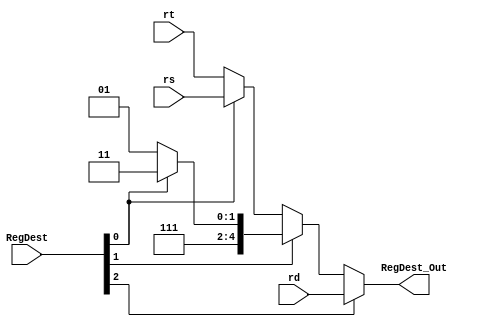
module mux_RegDest (
    input  wire [2:0] RegDest,
    input  wire [4:0] rt,
    input  wire [4:0] rs,
    input  wire [4:0] rd,
    output wire [4:0] RegDest_Out
);

//   input 0 (000): rt
//   input 1 (001): rs
//   input 2 (010): 29
//   input 3 (011): 31
//   input 4 (100): rd

    wire [4:0] aux1;
    wire [4:0] aux2;
    wire [4:0] aux3;

    assign aux1 = (RegDest[0]) ? rs : rt;
    assign aux2 = (RegDest[0]) ? 5'b11111 : 5'b11101;
    assign aux3 = (RegDest[1]) ? aux2 : aux1;

    assign RegDest_Out = (RegDest[2]) ? rd : aux3;

endmodule